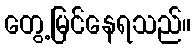
တွေ့မြင်နေရသည်။